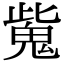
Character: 𩲨